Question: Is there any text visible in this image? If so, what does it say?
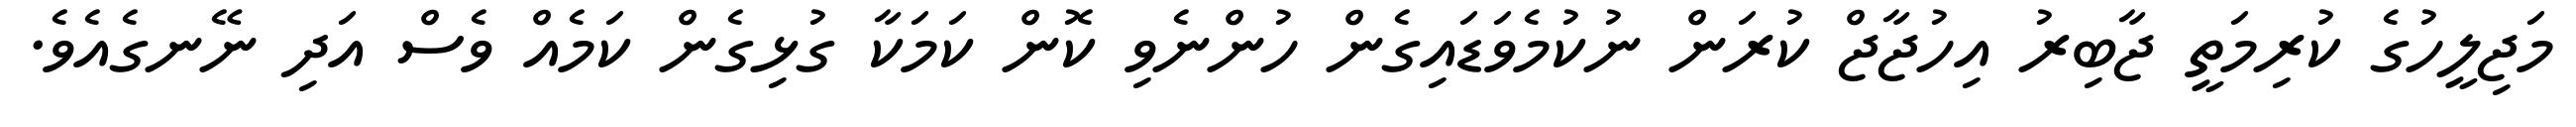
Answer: މަޖިލީހުގެ ކުރިމަތީ ޖާބިރު އިހުޖާޖް ކުރަން ނުކުމެވަޑައިގެން ހުންނެވި ކޮން ކަމަކާ ގުޅިގެން ކަމެއް ވެސް އަދި ނޭނގެއެވެ.